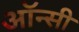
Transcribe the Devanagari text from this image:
ऑन्सी